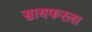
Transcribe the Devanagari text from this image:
सायफरला